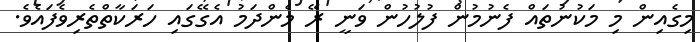
މިގެއިން މި މަކުނުތައް ފެނުމުން ފުލުހުން ވަނީ ރޭ މެންދަމު އެގޭގައި ހަރަކާތްތެރިވެފައެވެ.